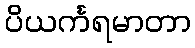
ပိယင်္ကရမာတာ